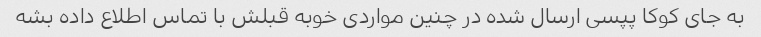
به جای کوکا پپسی ارسال شده در چنین مواردی خوبه قبلش با تماس اطلاع داده بشه